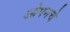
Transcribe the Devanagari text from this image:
ओपनचे